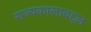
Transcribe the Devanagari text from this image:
राज्यकालाबद्दल